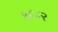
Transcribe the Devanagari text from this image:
५८८२